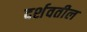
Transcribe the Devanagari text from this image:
दर्शवतील